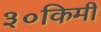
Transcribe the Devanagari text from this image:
३०किमी